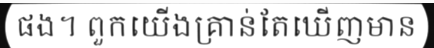
ផង។ ពួកយើងគ្រាន់តែឃើញមាន